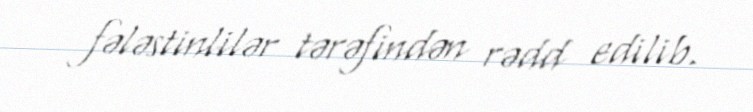
fələstinlilər tərəfindən rədd edilib.